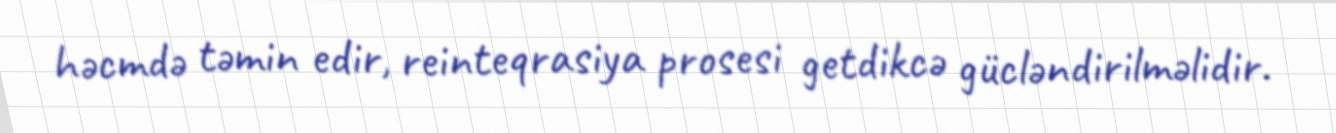
həcmdə təmin edir, reinteqrasiya prosesi getdikcə gücləndirilməlidir.